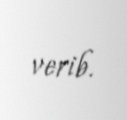
verib.